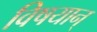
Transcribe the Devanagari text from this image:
विषयान्